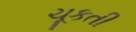
ચૂકતી